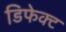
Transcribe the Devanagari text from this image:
डिफेक्‍ट